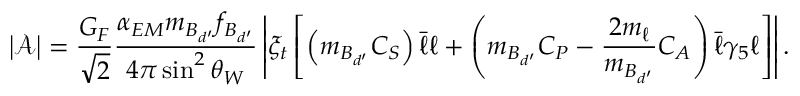
\left| \mathcal { A } \right| = \frac { G _ { F } } { \sqrt { 2 } } \frac { \alpha _ { E M } m _ { B _ { d ^ { \prime } } } f _ { B _ { d ^ { \prime } } } } { 4 \pi \sin ^ { 2 } \theta _ { W } } \left| \xi _ { t } \left[ \left( m _ { B _ { d ^ { \prime } } } C _ { S } \right) \bar { \ell } \ell + \left( m _ { B _ { d ^ { \prime } } } C _ { P } - \frac { 2 m _ { \ell } } { m _ { B _ { d ^ { \prime } } } } C _ { A } \right) \bar { \ell } \gamma _ { 5 } \ell \right] \right| .